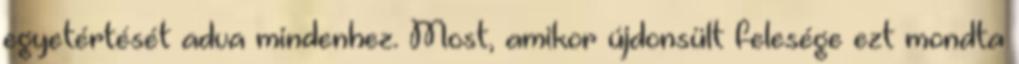
egyetértését adva mindenhez. Most, amikor újdonsült felesége ezt mondta